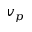
v _ { p }